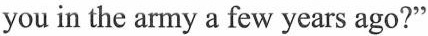
you in the army a few years ago?"